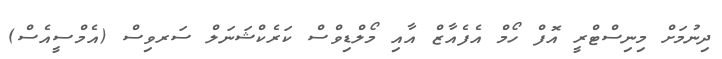
ދިނުމަށް މިނިސްޓްރީ އޮފް ހޯމް އެފެއާޒް އާއި މޯލްޑިވްސް ކަރެކްޝަނަލް ސަރވިސް (އެމްސީއެސް)